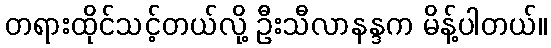
တရားထိုင်သင့်တယ်လို့ ဦးသီလာနန္ဒက မိန့်ပါတယ်။